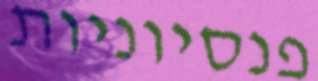
פנסיוניות